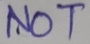
Text: NOT